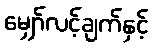
မျှော်လင့်ချက်နှင့်